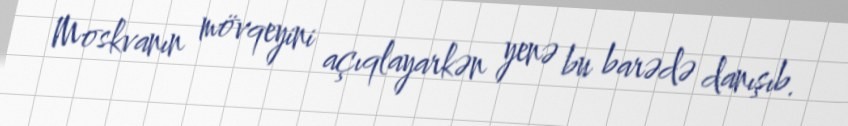
Moskvanın mövqeyini açıqlayarkən yenə bu barədə danışıb.